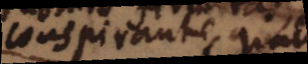
conspirante, qualis